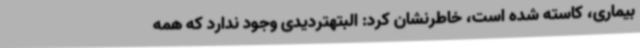
بیماری، کاسته شده است، خاطرنشان کرد: البتهتردیدی وجود ندارد که همه